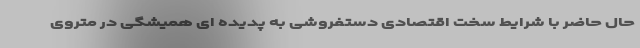
حال حاضر با شرایط سخت اقتصادی دستفروشی به پدیده ای همیشگی در متروی